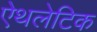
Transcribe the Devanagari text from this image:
ऐथलेटिक